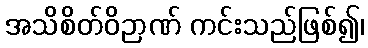
အသိစိတ်ဝိဉာဏ် ကင်းသည်ဖြစ်၍၊